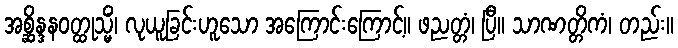
အစ္ဆိန္ဒနဝတ္ထုသ္မိံ၊ လုယူခြင်းဟူသော အကြောင်းကြောင့်။ ဖညတ္တံ၊ ပြီ။ သာဏတ္တိကံ၊ တည်း။